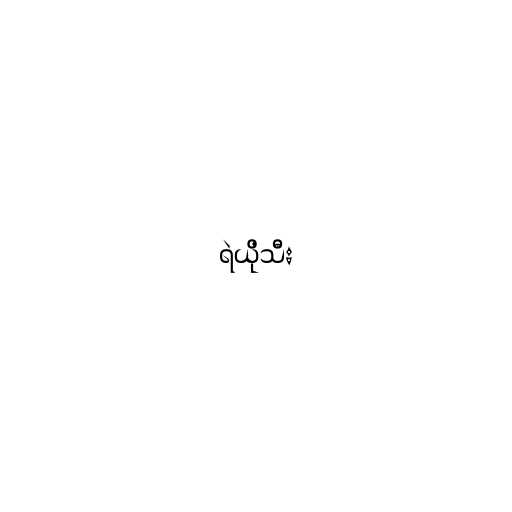
ရဲယိုသီး